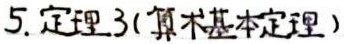
5. 定理3(算术基本定理)